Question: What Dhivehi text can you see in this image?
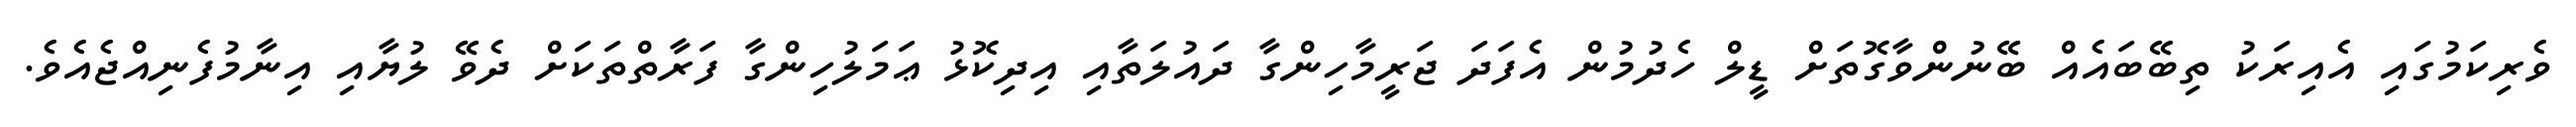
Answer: ވެރިކަމުގައި އެއިރަކު ތިބޭބައެއް ބޭނުންވާގޮތަށް ޑީލް ހެދުމުން އެފަދަ ޖަރީމާހިންގާ ދައުލަތާއި އިދިކޮޅު ޢަމަލުހިންގާ ފަރާތްތަކަށް ދެވޭ ލުޔާއި އިނާމުފެނިއްޖެއެވެ.